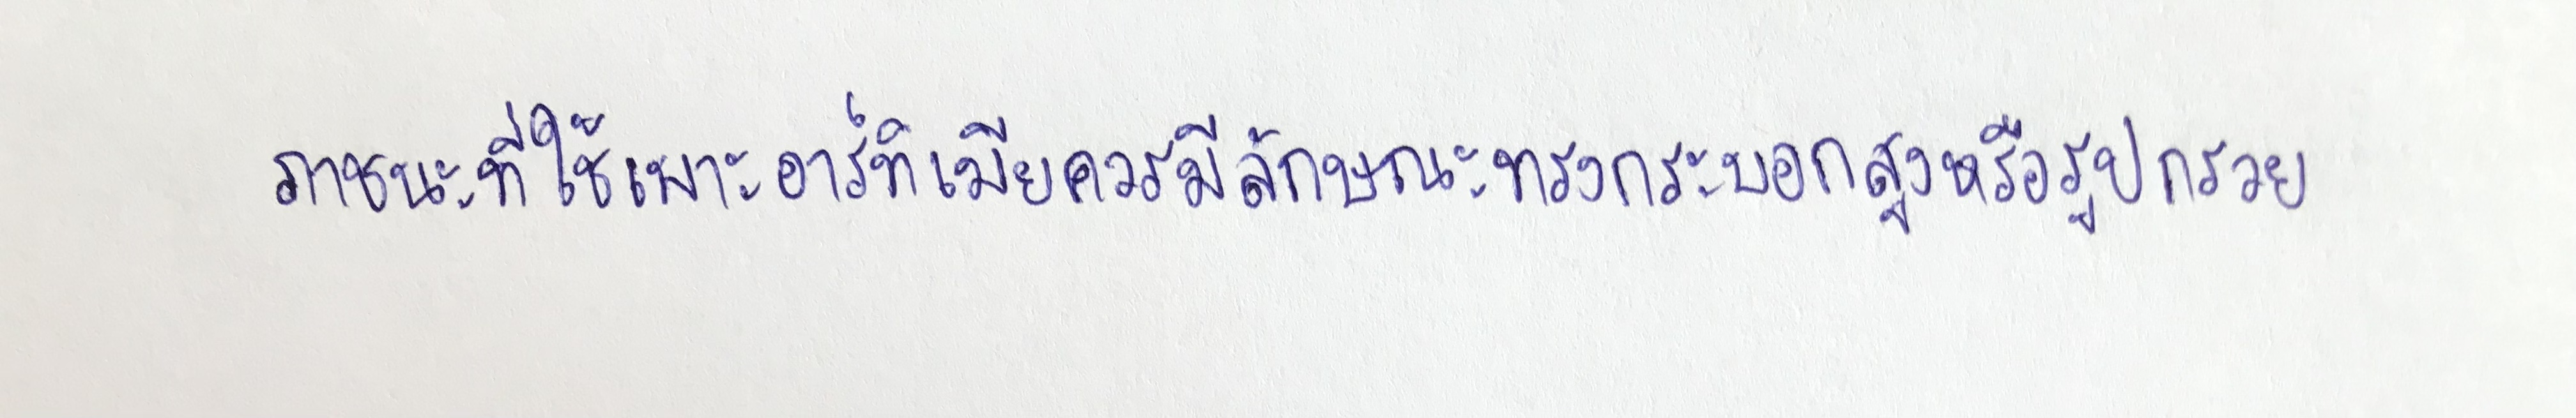
ภาชนะที่ใช้เพาะอาร์ทิเมียควรมีลักษณะทรงกระบอกสูงหรือรูปกรวย